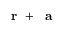
\mathrm { ~ \bf ~ r ~ } + { \mathrm { ~ \bf ~ a ~ } }